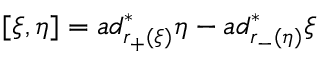
[ \xi , \eta ] = a d _ { r _ { + } ( \xi ) } ^ { \ast } \eta - a d _ { r _ { - } ( \eta ) } ^ { \ast } \xi